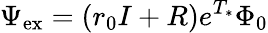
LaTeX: \Psi_{\mathrm{ex}}=(r_{0}I+R)e^{T_{*}}\Phi_{0}